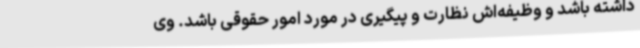
داشته باشد و وظیفه‌اش نظارت و پیگیری در مورد امور حقوقی باشد. وی